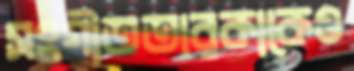
সংগীততারকাকেও